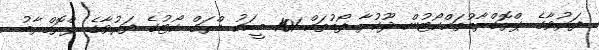
ފަރުވާގެ ޕްރޮގްރާމުތައްކޯޓުން ދޫކުރާ ފޯމުތައް 101 މީހަކު ޑްރަގް ކޯޓުގެ ފަރުވާގެ ޕްރޮގްރާމު